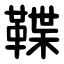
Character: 鞢